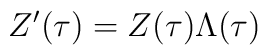
Z^{\prime }(\tau )=Z(\tau )\Lambda (\tau )